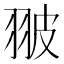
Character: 翍